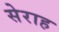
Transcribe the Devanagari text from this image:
सेराह